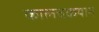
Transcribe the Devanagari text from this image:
कालचक्रयान